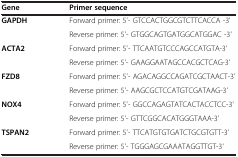
| Gene | Primer sequence |
 | --- | --- |
 | <ROWSPAN=2> GAPDH | Forward primer: 5'- GTCCACTGGCGTCTTCACCA -3' |
 | Reverse primer: 5'- GTGGCAGTGATGGCATGGAC -3' |
 | <ROWSPAN=2> ACTA2 | Forward primer: 5'- TTCAATGTCCCAGCCATGTA-3' |
 | Reverse primer: 5'- GAAGGAATAGCCACGCTCAG-3' |
 | <ROWSPAN=2> FZD8 | Forward primer: 5'- AGACAGGCCAGATCGCTAACT-3' |
 | Reverse primer: 5'- AAGCGCTCCATGTCGATAAG-3' |
 | <ROWSPAN=2> NOX4 | Forward primer: 5'- GGCCAGAGTATCACTACCTCC-3' |
 | Reverse primer: 5'- GTTCGGCACATGGGTAAA-3' |
 | TSPAN2 | Forward primer: 5'- TTCATGTGTGATCTGCGTGTT-3' |
 |  | Reverse primer: 5'- TGGGAGCGAAATAGGTTGT-3' |